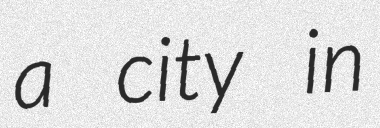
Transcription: a city in